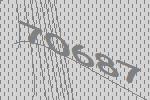
70687